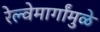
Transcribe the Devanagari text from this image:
रेल्वेमार्गांमुळे